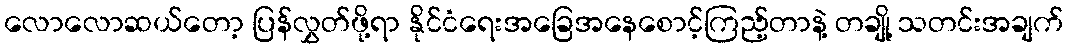
လောလောဆယ်တော့ ပြန်လွှတ်ဖို့ရာ နိုင်ငံရေးအခြေအနေစောင့်ကြည့်တာနဲ့ တချို့ သတင်းအချက်